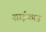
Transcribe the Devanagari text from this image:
साईकाड